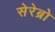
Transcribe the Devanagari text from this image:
सेरेब्रो